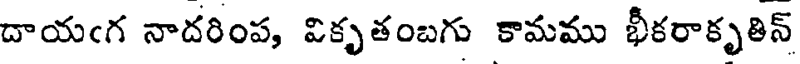
దాయఁగ నాదరింప, వికృతంబగు కామము భీకరాకృతిన్